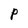
Character: P